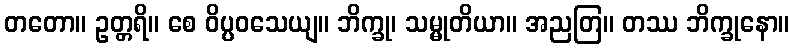
တတော။ ဥတ္တရိ။ စေ ဝိပ္ပဝသေယျ။ ဘိက္ခု၊ သမ္မုတိယာ။ အညတြ။ တဿ ဘိက္ခုနော။